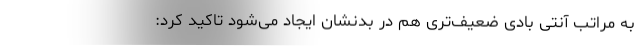
به مراتب آنتی بادی ضعیف‌تری هم در بدنشان ایجاد می‌شود تاکید کرد: